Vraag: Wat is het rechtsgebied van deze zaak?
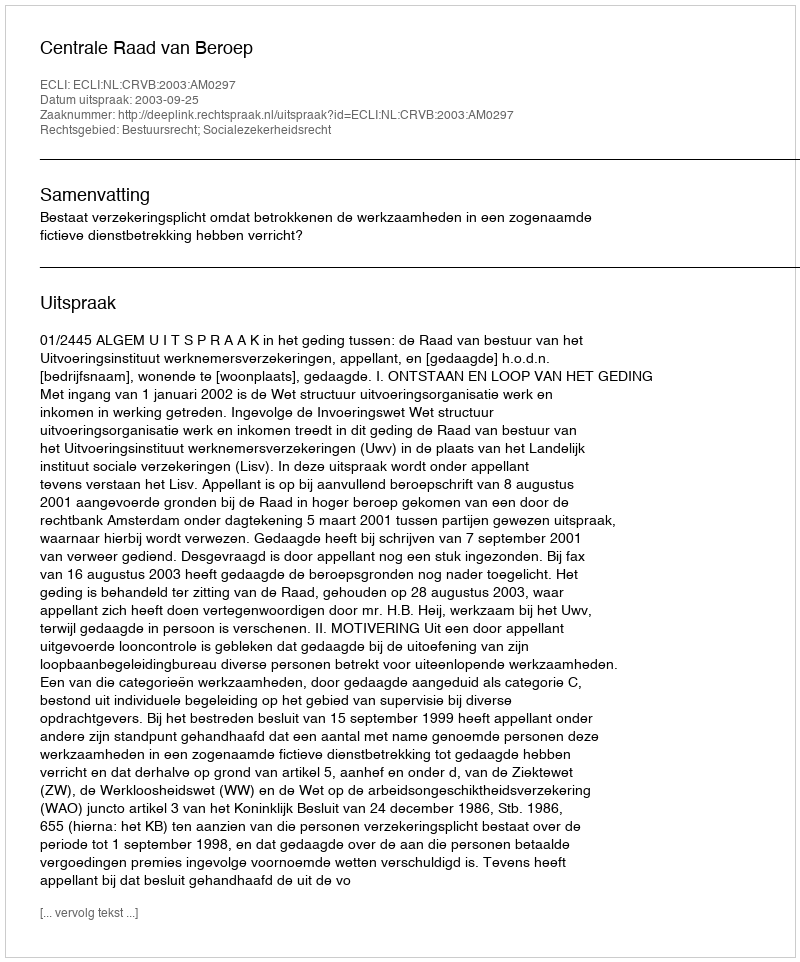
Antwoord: Bestuursrecht; Socialezekerheidsrecht